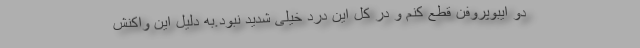
دو ایبوپروفن قطع کنم و در کل این درد خیلی شدید نبود.به دلیل این واکنش